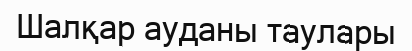
Шалқар ауданы таулары